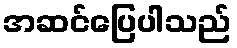
အဆင်ပြေပါသည်